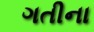
ગતીના